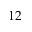
1 2